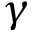
\gamma